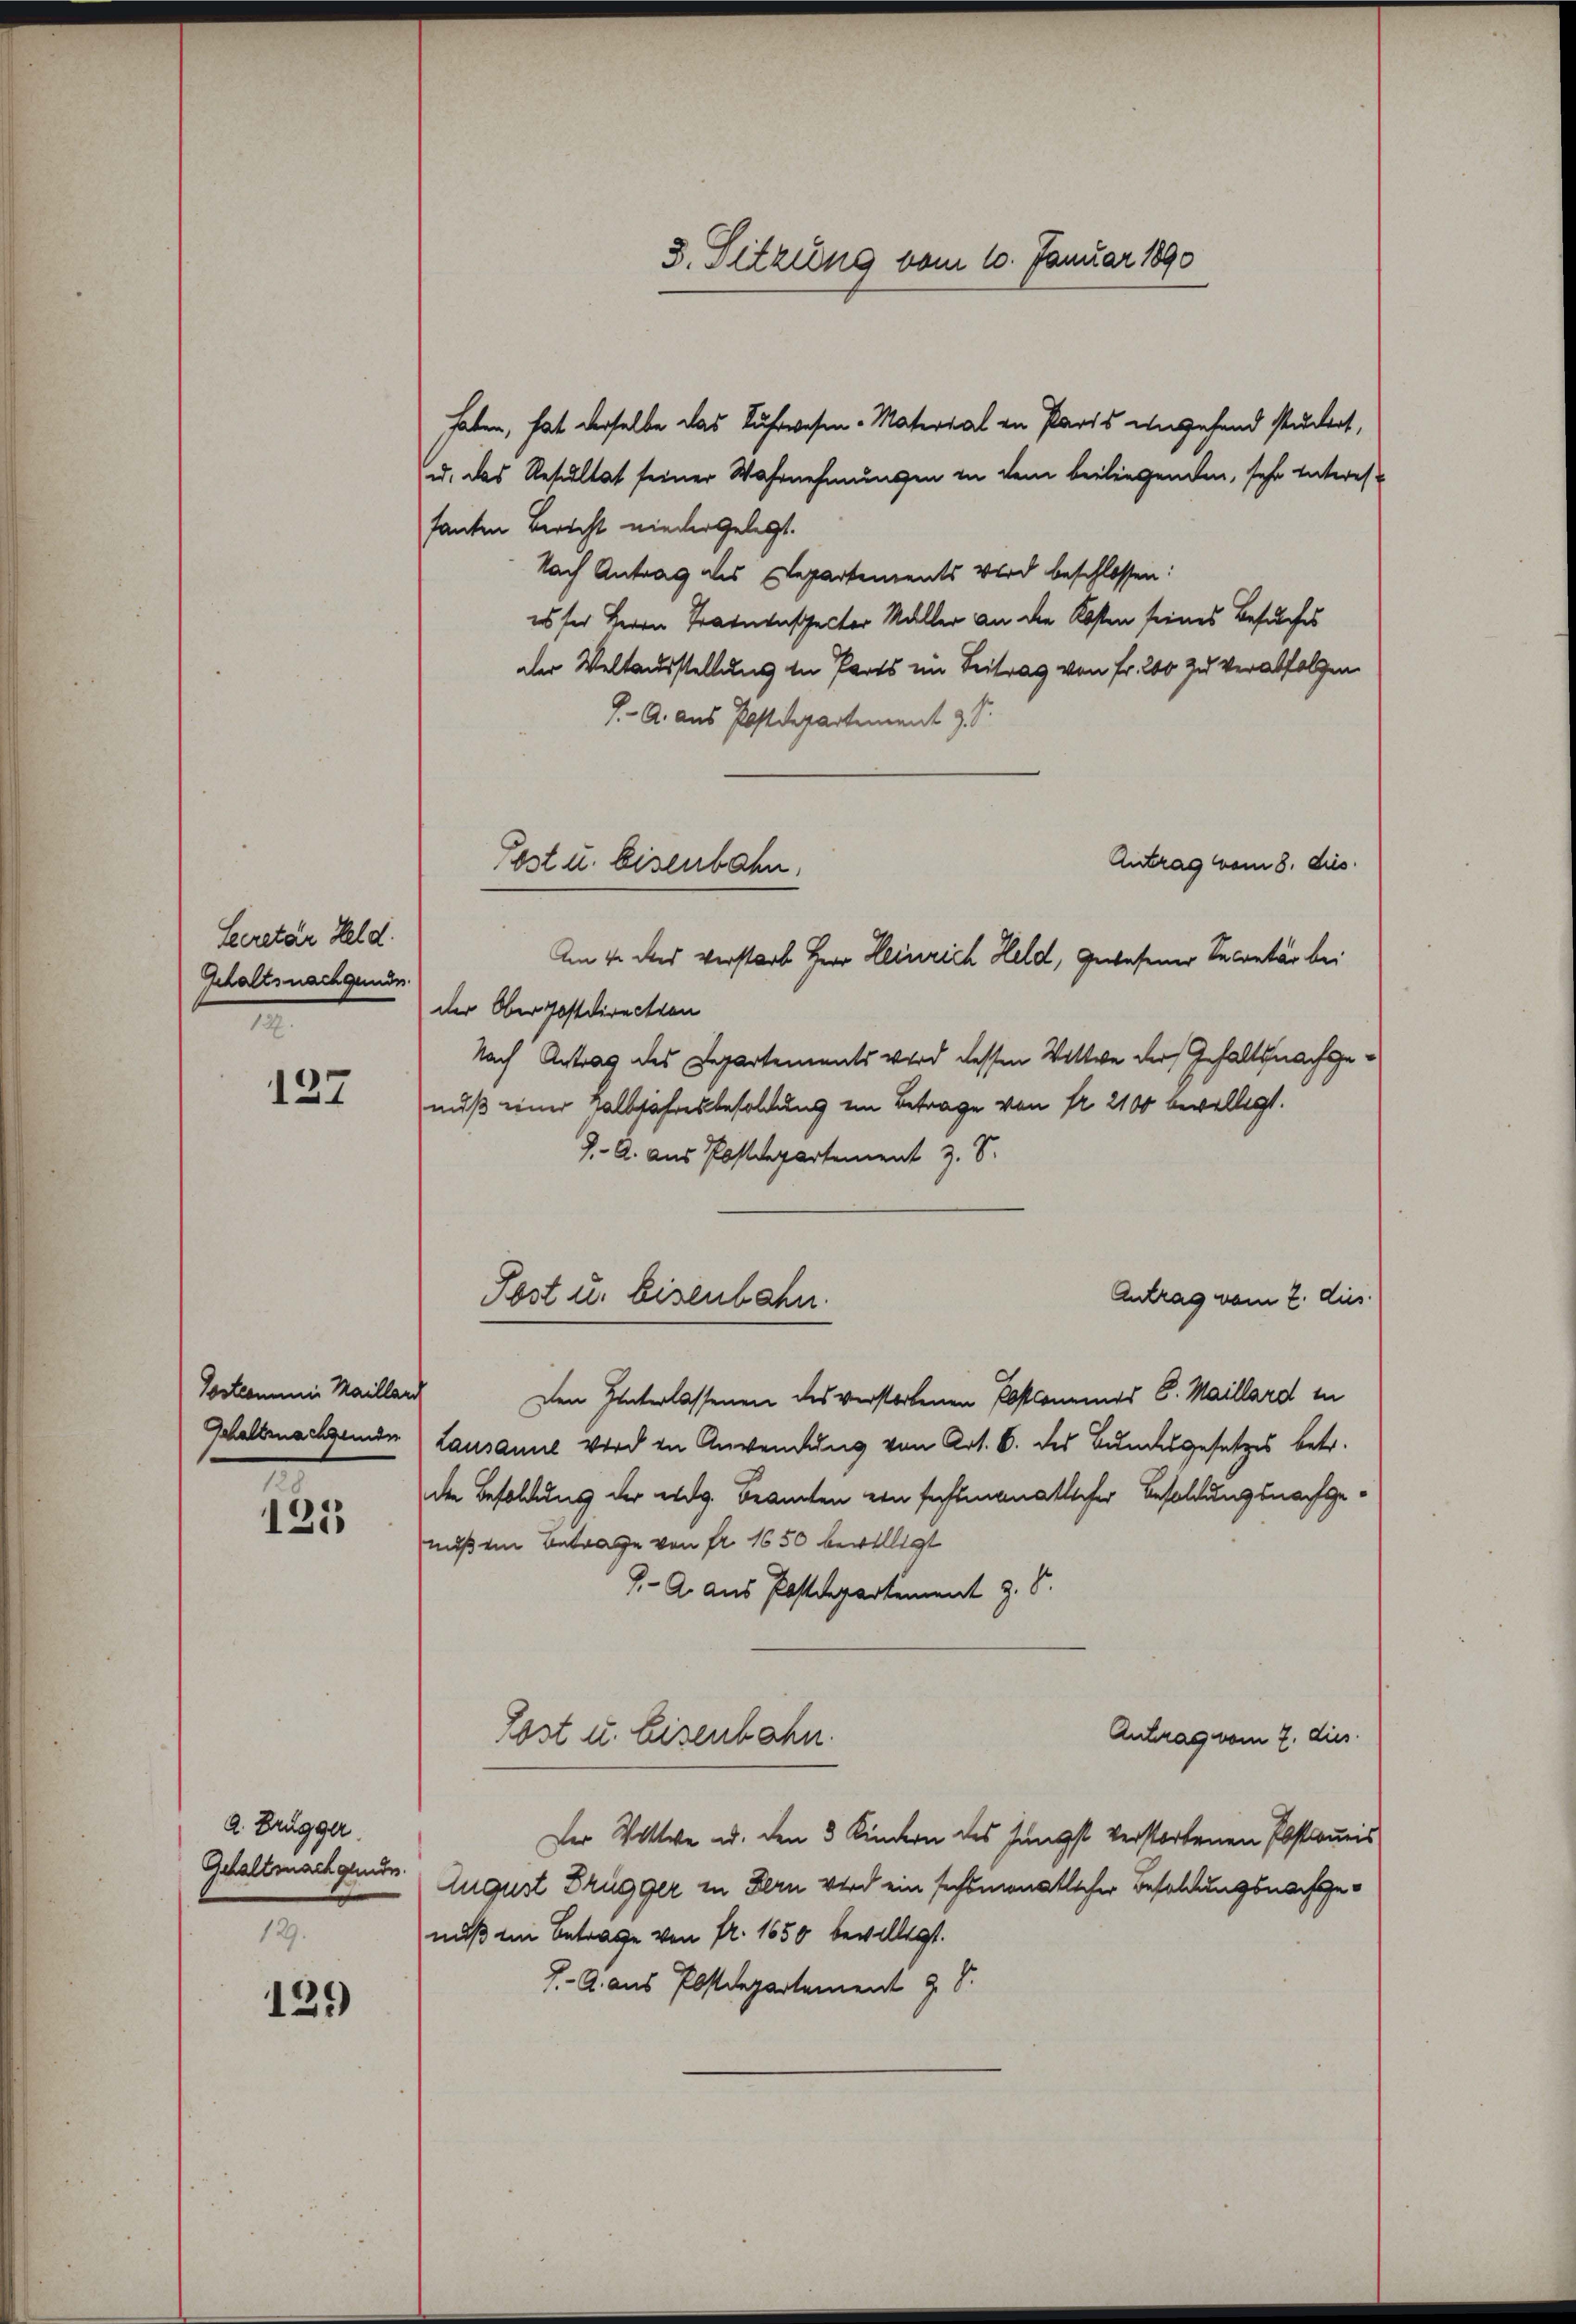
Lecretär Held.
Schaltsnachgende
2

127

Gostcommine Maillard
Schaltsnachgenden

125

a. Brugger
Gehaltnachgenden.
12.

129

haben, hat derselbe das Luftwesen - Material in Paris angehend studert,
u. das Resultat seiner Wahrnehmungen in dem beiliegenden, sehr Interessanten Bericht nieder Gelegt.
Nach Antrag als Departements wird beschlossen:
es sei Herrn Trauenspector Müller an die Kosten seines Besuches
dler Weltausstellung in Parts im Beitrag von Fr. 200 zu verabfolgen
J. A. aus Postdepartement 9. d.
Antrag vom 8. dies
der Oberpostdirection
Nach Antrag des Departements wird dessen Wittwe der Gehaltsnachgenuß einer Halbjahresbesoldung im Betrage von fr. 2100 bewilligt.
J. A. aus Postdepartement z. S.
Antrag vom 2. dies
Post u. Eisenbahn.
Den Hinterlassenen des verstorbenen Postcomemos 6. Maillard in
Lausanne wird in Anwendung von Art. 6. des Bundesgesetzes betr.
der Besoldung der eidg. Beamten ein fechtmonatlicher Besoldungsnachgenuß ein Betrage von fr. 1650 bewilligt
J. A. aus Postdepartement z. B.
Antrag vom 7. dies
Lost u. Eisenbahn.
Der Wittwe u. den 3 Kindern des Jüngst verstorfenen Pastonis
August Brügger in dern wird ein sechsmonatlicher Besoldungsnachgenuß im Betrage von fr. 1650 bewilligt.
J. A. aus Postdepartement z. S.

3. Sitzung vom 10. Januar 1890

Post u. Eisenbahn,
Am 4. des verstarb Herr Heinrich Held, gewesener Secretär bei